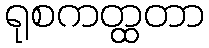
ရုစကတ္ထတာ